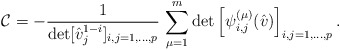
\begin{align*}\mathcal{C}=-\frac{1}{\det[\hat{v}_j^{1-i}]_{i,j=1,...,p}}\, \sum_{\mu=1}^m \det\left[ \psi_{i,j}^{(\mu)}(\hat{v})\right]_{i,j=1,...,p} .\end{align*}